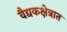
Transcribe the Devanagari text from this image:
वैद्यकक्षेत्रात